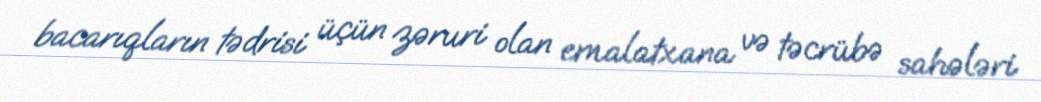
bacarıqların tədrisi üçün zəruri olan emalatxana və təcrübə sahələri